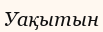
Уақытын